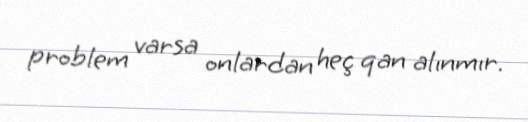
problem varsa onlardan heç qan alınmır.